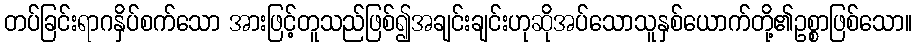
တပ်ခြင်းရာဂနှိပ်စက်သော အားဖြင့်တူသည်ဖြစ်၍အချင်းချင်းဟုဆိုအပ်သောသူနှစ်ယောက်တို့၏ဥစ္စာဖြစ်သော။